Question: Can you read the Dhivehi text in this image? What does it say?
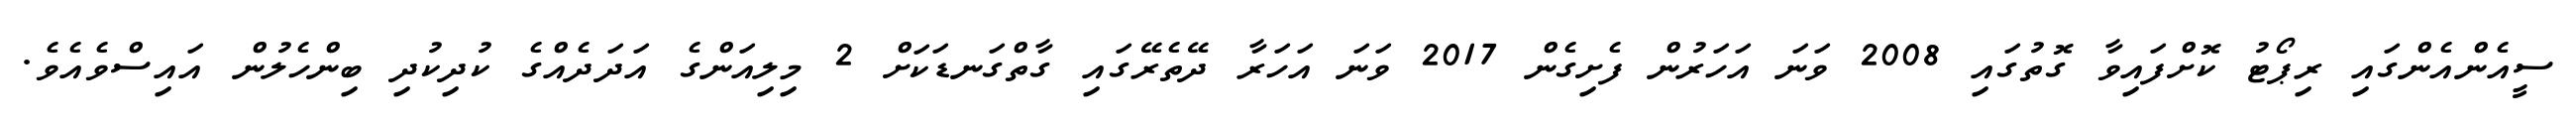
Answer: ސީއެންއެންގައި ރިޕޯޓު ކޮށްފައިވާ ގޮތުގައި 2008 ވަނަ އަހަރުން ފެށިގެން 2017 ވަނަ އަހަރާ ދޭތެރޭގައި ގާތްގަނޑަކަށް 2 މިލިއަންގެ އަދަދެއްގެ ކުދިކުދި ބިންހެލުން އައިސްވެއެވެ.